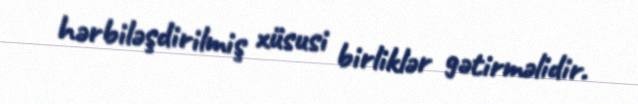
hərbiləşdirilmiş xüsusi birliklər gətirməlidir.